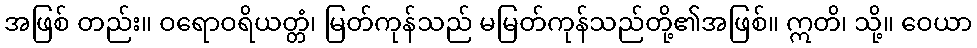
အဖြစ် တည်း။ ဝရောဝရိယတ္တံ၊ မြတ်ကုန်သည် မမြတ်ကုန်သည်တို့၏အဖြစ်။ ဣတိ၊ သို့။ ဝေယာ